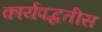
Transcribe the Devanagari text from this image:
कार्यपद्धतीस